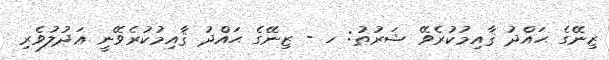
ޒިނޭގެ ޙައްދު ޤާއިމުކުރެވޭ ޝަރުޠު: ހ - ޒިނޭގެ ޙައްދު ޤާއިމުކުރެވޭނީ ޢަދުލުވެރި